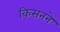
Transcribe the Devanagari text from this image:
किसनने